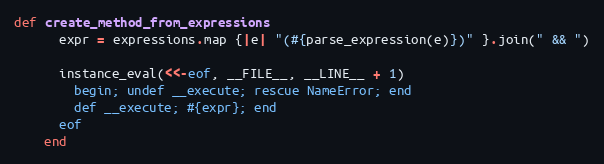
Language: Ruby
def create_method_from_expressions
      expr = expressions.map {|e| "(#{parse_expression(e)})" }.join(" && ")

      instance_eval(<<-eof, __FILE__, __LINE__ + 1)
        begin; undef __execute; rescue NameError; end
        def __execute; #{expr}; end
      eof
    end